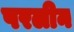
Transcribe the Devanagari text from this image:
परलीन